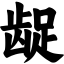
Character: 龊